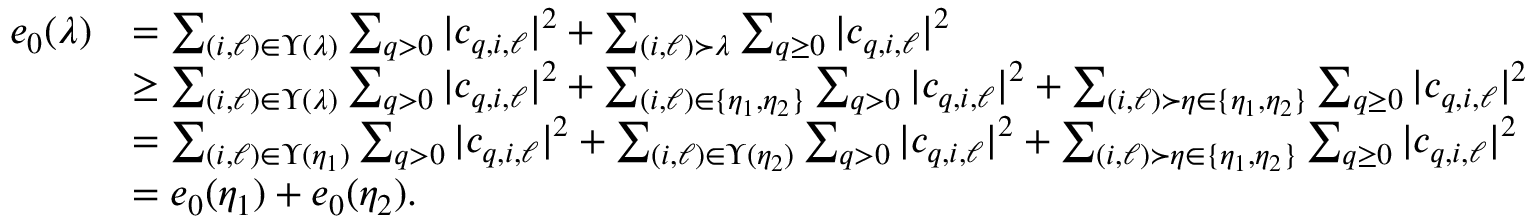
\begin{array} { r l } { e _ { 0 } ( \lambda ) } & { = \sum _ { ( i , \ell ) \in \Upsilon ( \lambda ) } \sum _ { q > 0 } \vert c _ { q , i , \ell } \vert ^ { 2 } + \sum _ { ( i , \ell ) \succ \lambda } \sum _ { q \ge 0 } \vert c _ { q , i , \ell } \vert ^ { 2 } } \\ & { \ge \sum _ { ( i , \ell ) \in \Upsilon ( \lambda ) } \sum _ { q > 0 } \vert c _ { q , i , \ell } \vert ^ { 2 } + \sum _ { ( i , \ell ) \in \{ \eta _ { 1 } , \eta _ { 2 } \} } \sum _ { q > 0 } \vert c _ { q , i , \ell } \vert ^ { 2 } + \sum _ { ( i , \ell ) \succ \eta \in \{ \eta _ { 1 } , \eta _ { 2 } \} } \sum _ { q \ge 0 } \vert c _ { q , i , \ell } \vert ^ { 2 } } \\ & { = \sum _ { ( i , \ell ) \in \Upsilon ( \eta _ { 1 } ) } \sum _ { q > 0 } \vert c _ { q , i , \ell } \vert ^ { 2 } + \sum _ { ( i , \ell ) \in \Upsilon ( \eta _ { 2 } ) } \sum _ { q > 0 } \vert c _ { q , i , \ell } \vert ^ { 2 } + \sum _ { ( i , \ell ) \succ \eta \in \{ \eta _ { 1 } , \eta _ { 2 } \} } \sum _ { q \ge 0 } \vert c _ { q , i , \ell } \vert ^ { 2 } } \\ & { = e _ { 0 } ( \eta _ { 1 } ) + e _ { 0 } ( \eta _ { 2 } ) . } \end{array}